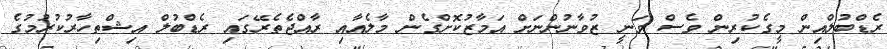
ރެޑްބުލްއިން މީގެކުރިން ވެސް ވަނީ ޒުވާނުންނަށް އަމާޒުކޮށްގެން މާލެއާއި ރާއްޖެތެރޭގައި ރެޑްބުލް އިޝްތިހާރުކުރުމުގެ